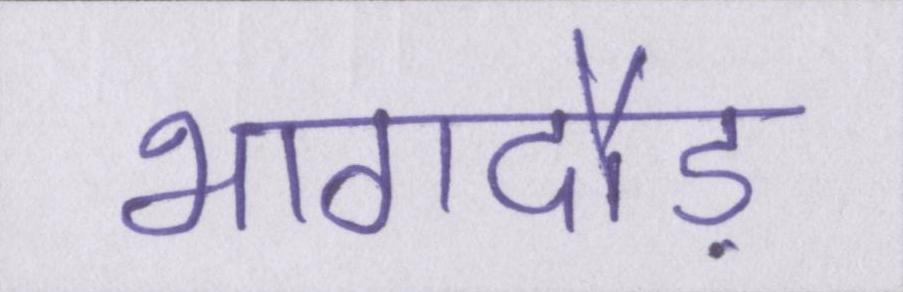
भागदौड़